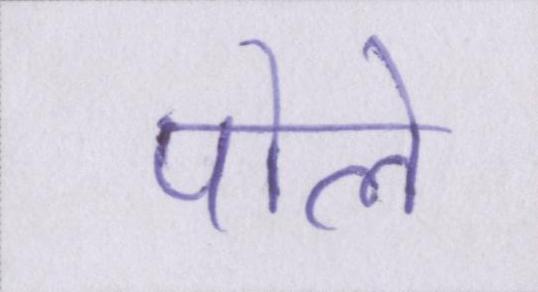
पोले